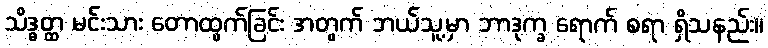
သိဒ္ဓတ္ထ မင်းသား တောထွက်ခြင်း အတွက် ဘယ်သူ့မှာ ဘာဒုက္ခ ရောက် စရာ ရှိသနည်း။